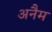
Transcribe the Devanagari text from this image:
अनैम